画像に写った文字を読んでください
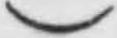
「)」と書いてあります